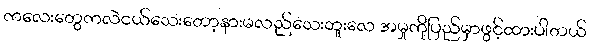
ကလေးတွေကလဲငယ်သေးတော့နားမလည်သေးဘူးလေ အမှုကိုပြည်မှာဖွင့်ထားပါတယ်